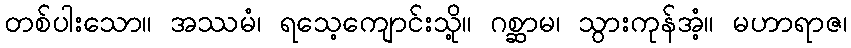
တစ်ပါးသော။ အဿမံ၊ ရသေ့ကျောင်းသို့။ ဂစ္ဆာမ၊ သွားကုန်အံ့။ မဟာရာဇ၊